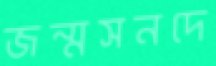
জন্মসনদে